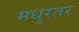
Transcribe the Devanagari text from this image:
मधुरतर